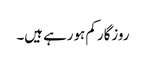
روزگار کم ہورہے ہیں۔